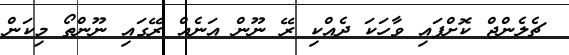
ޗެލެންޖް ކޮށްފައި ވާހަކަ ދެއްްކި ރޭ ނޫން އަނެއް ރޭގައި ނޫންތޯ މިކަން